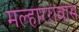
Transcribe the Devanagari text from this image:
मल्हाररावास